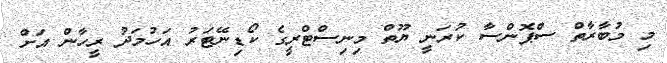
މި މުބާރާތް ސްޕޮންސާ ކުރަނީ ޔޫތް މިނިސްޓްރީގެ ކޯޑިނޭޓަރު އަހުމަދު ރީހާން އަށް